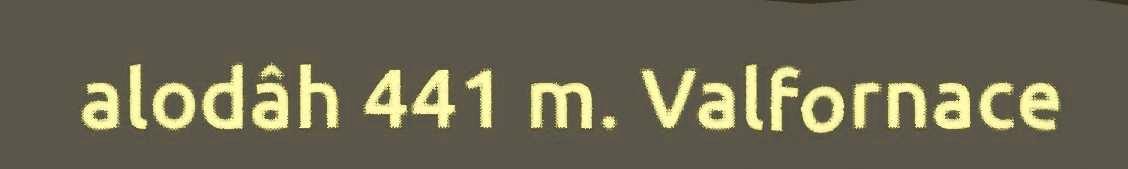
alodâh 441 m. Valfornace